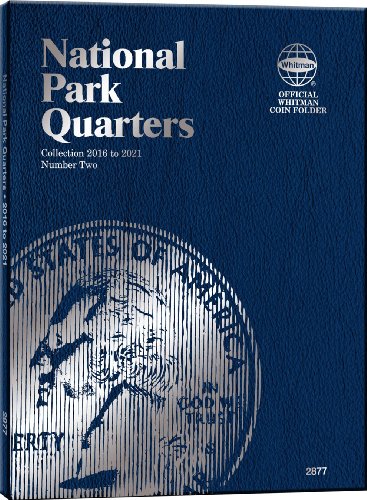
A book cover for Whitman Nat Park Blue Folder Vol II 2016-2021; Whitman Publishing; Crafts, Hobbies & Home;